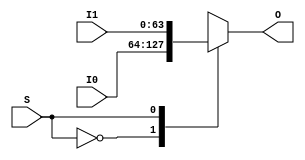
`ifndef _Mux2to1_64b
`define _Mux2to1_64b

module Mux2to1_64b(
    input wire S,
    input wire [63:0] I0,
    input wire [63:0] I1,
    output reg [63:0] O
);

    always @ * begin
        case (S)
            1'b0:
                O <= I0;
            1'b1:
                O <= I1;
            default: begin
                // exception
                O <= 0;
            end
        endcase
    end

endmodule

`endif